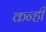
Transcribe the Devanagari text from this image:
कन्ही